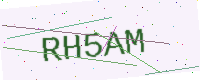
Text: RH5AM